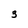
Character: 3